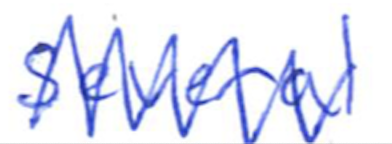
Text: several
Cross-out: zig-zag
Writing tool: ballpoint